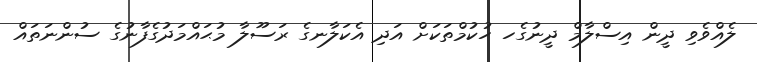
ލެއްވެވި ދީން އިސްލާމް ދީނުގެހ ހުކުމްތަަކަށް އަދި އެކަލާނގެ ރަސޫލާ މުޙައްމަދުގެފާނުގެ ސުންނަތައް